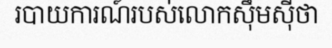
របាយការណ៍របស់លោកស៊ឹមស៊ីថា